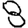
Digit: 8